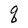
Character: q